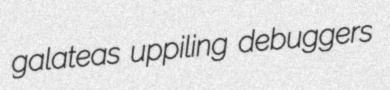
galateas uppiling debuggers